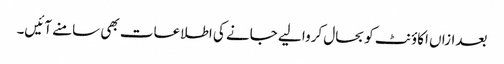
بعدازاں اکاؤنٹ کو بحال کروا لیے جانے کی اطلاعات بھی سامنے آئیں۔